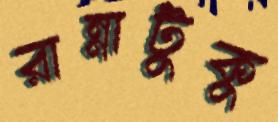
রান্নাটুকু